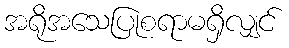
အရိုအသေပြုစရာမရှိလျှင်